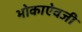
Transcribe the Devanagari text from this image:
भोकाऐवजी